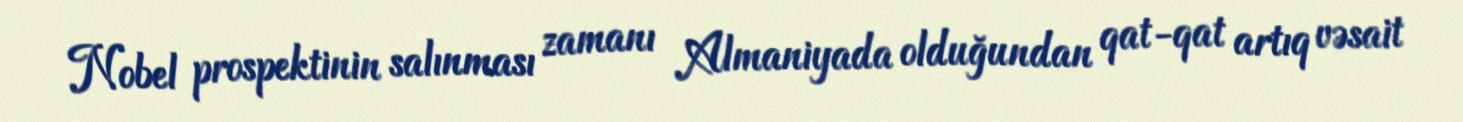
Nobel prospektinin salınması zamanı Almaniyada olduğundan qat-qat artıq vəsait